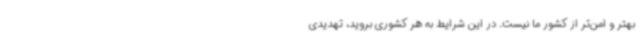
بهتر و امن‌تر از کشور ما نیست. در این شرایط به هر کشوری بروید، تهدیدی